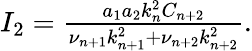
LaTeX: \begin{array}{r}{I_{2}=\frac{a_{1}a_{2}k_{n}^{2}C_{n+2}}{\nu_{n+1}k_{n+1}^{2}+\nu_{n+2}k_{n+2}^{2}}.}\end{array}